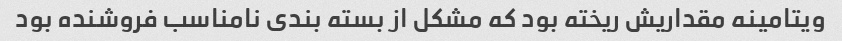
ویتامینه مقداریش ریخته بود که مشکل از بسته بندی نامناسب فروشنده بود